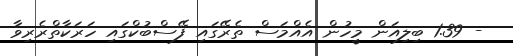
- 1.39 ބިލިއަން މީހުން އެއްމަސް ތެރޭގައި ފޭސްބުކްގައި ހަރަކާތްރެރިވާ